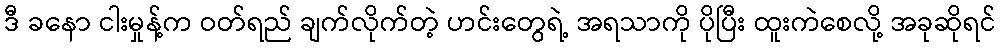
ဒီ ခနော ငါးမှုန့်က ဝတ်ရည် ချက်လိုက်တဲ့ ဟင်းတွေရဲ့ အရသာကို ပိုပြီး ထူးကဲစေလို့ အခုဆိုရင်